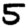
Digit: 5